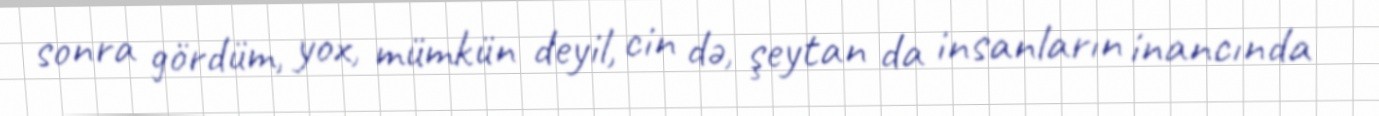
sonra gördüm, yox, mümkün deyil, cin də, şeytan da insanların inancında